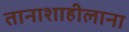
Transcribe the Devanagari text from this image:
तानाशाहीलाना